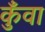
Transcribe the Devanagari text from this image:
कुँवा